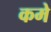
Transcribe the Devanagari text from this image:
कमे